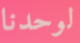
لوحدنا